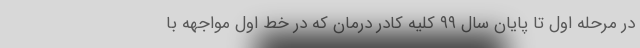
در مرحله اول تا پایان سال ۹۹ کلیه کادر درمان که در خط اول مواجهه با